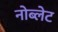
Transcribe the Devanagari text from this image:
नोब्लेट